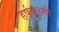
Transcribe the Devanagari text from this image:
हर्षलक्ष्मी